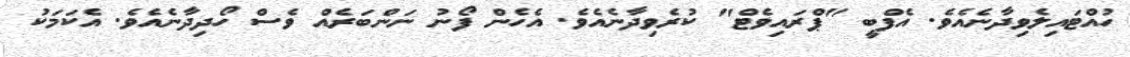
ހުއްޓައިލެވިދާނެއެވެ. އެފްބީ "ޕްރައިވެޓް" ކުރެވިދާނެއެވެ. އެހެން ފޯނު ނަންބަރެއް ވެސް ހޯދިދާނެއެވެ. އެކަމަކު